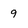
Character: 9